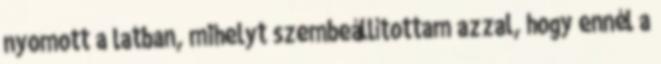
nyomott a latban, mihelyt szembeállítottam azzal, hogy ennél a